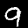
Digit: 9